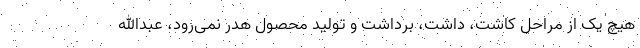
هیچ یک از مراحل کاشت، داشت، برداشت و تولید محصول هدر نمی‌رود، عبدالله